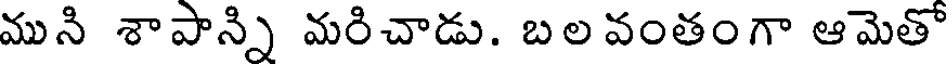
ముని శాపాన్ని మరిచాడు. బల వంతంగా ఆమెతో